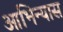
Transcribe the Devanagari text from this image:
आभिन्यास